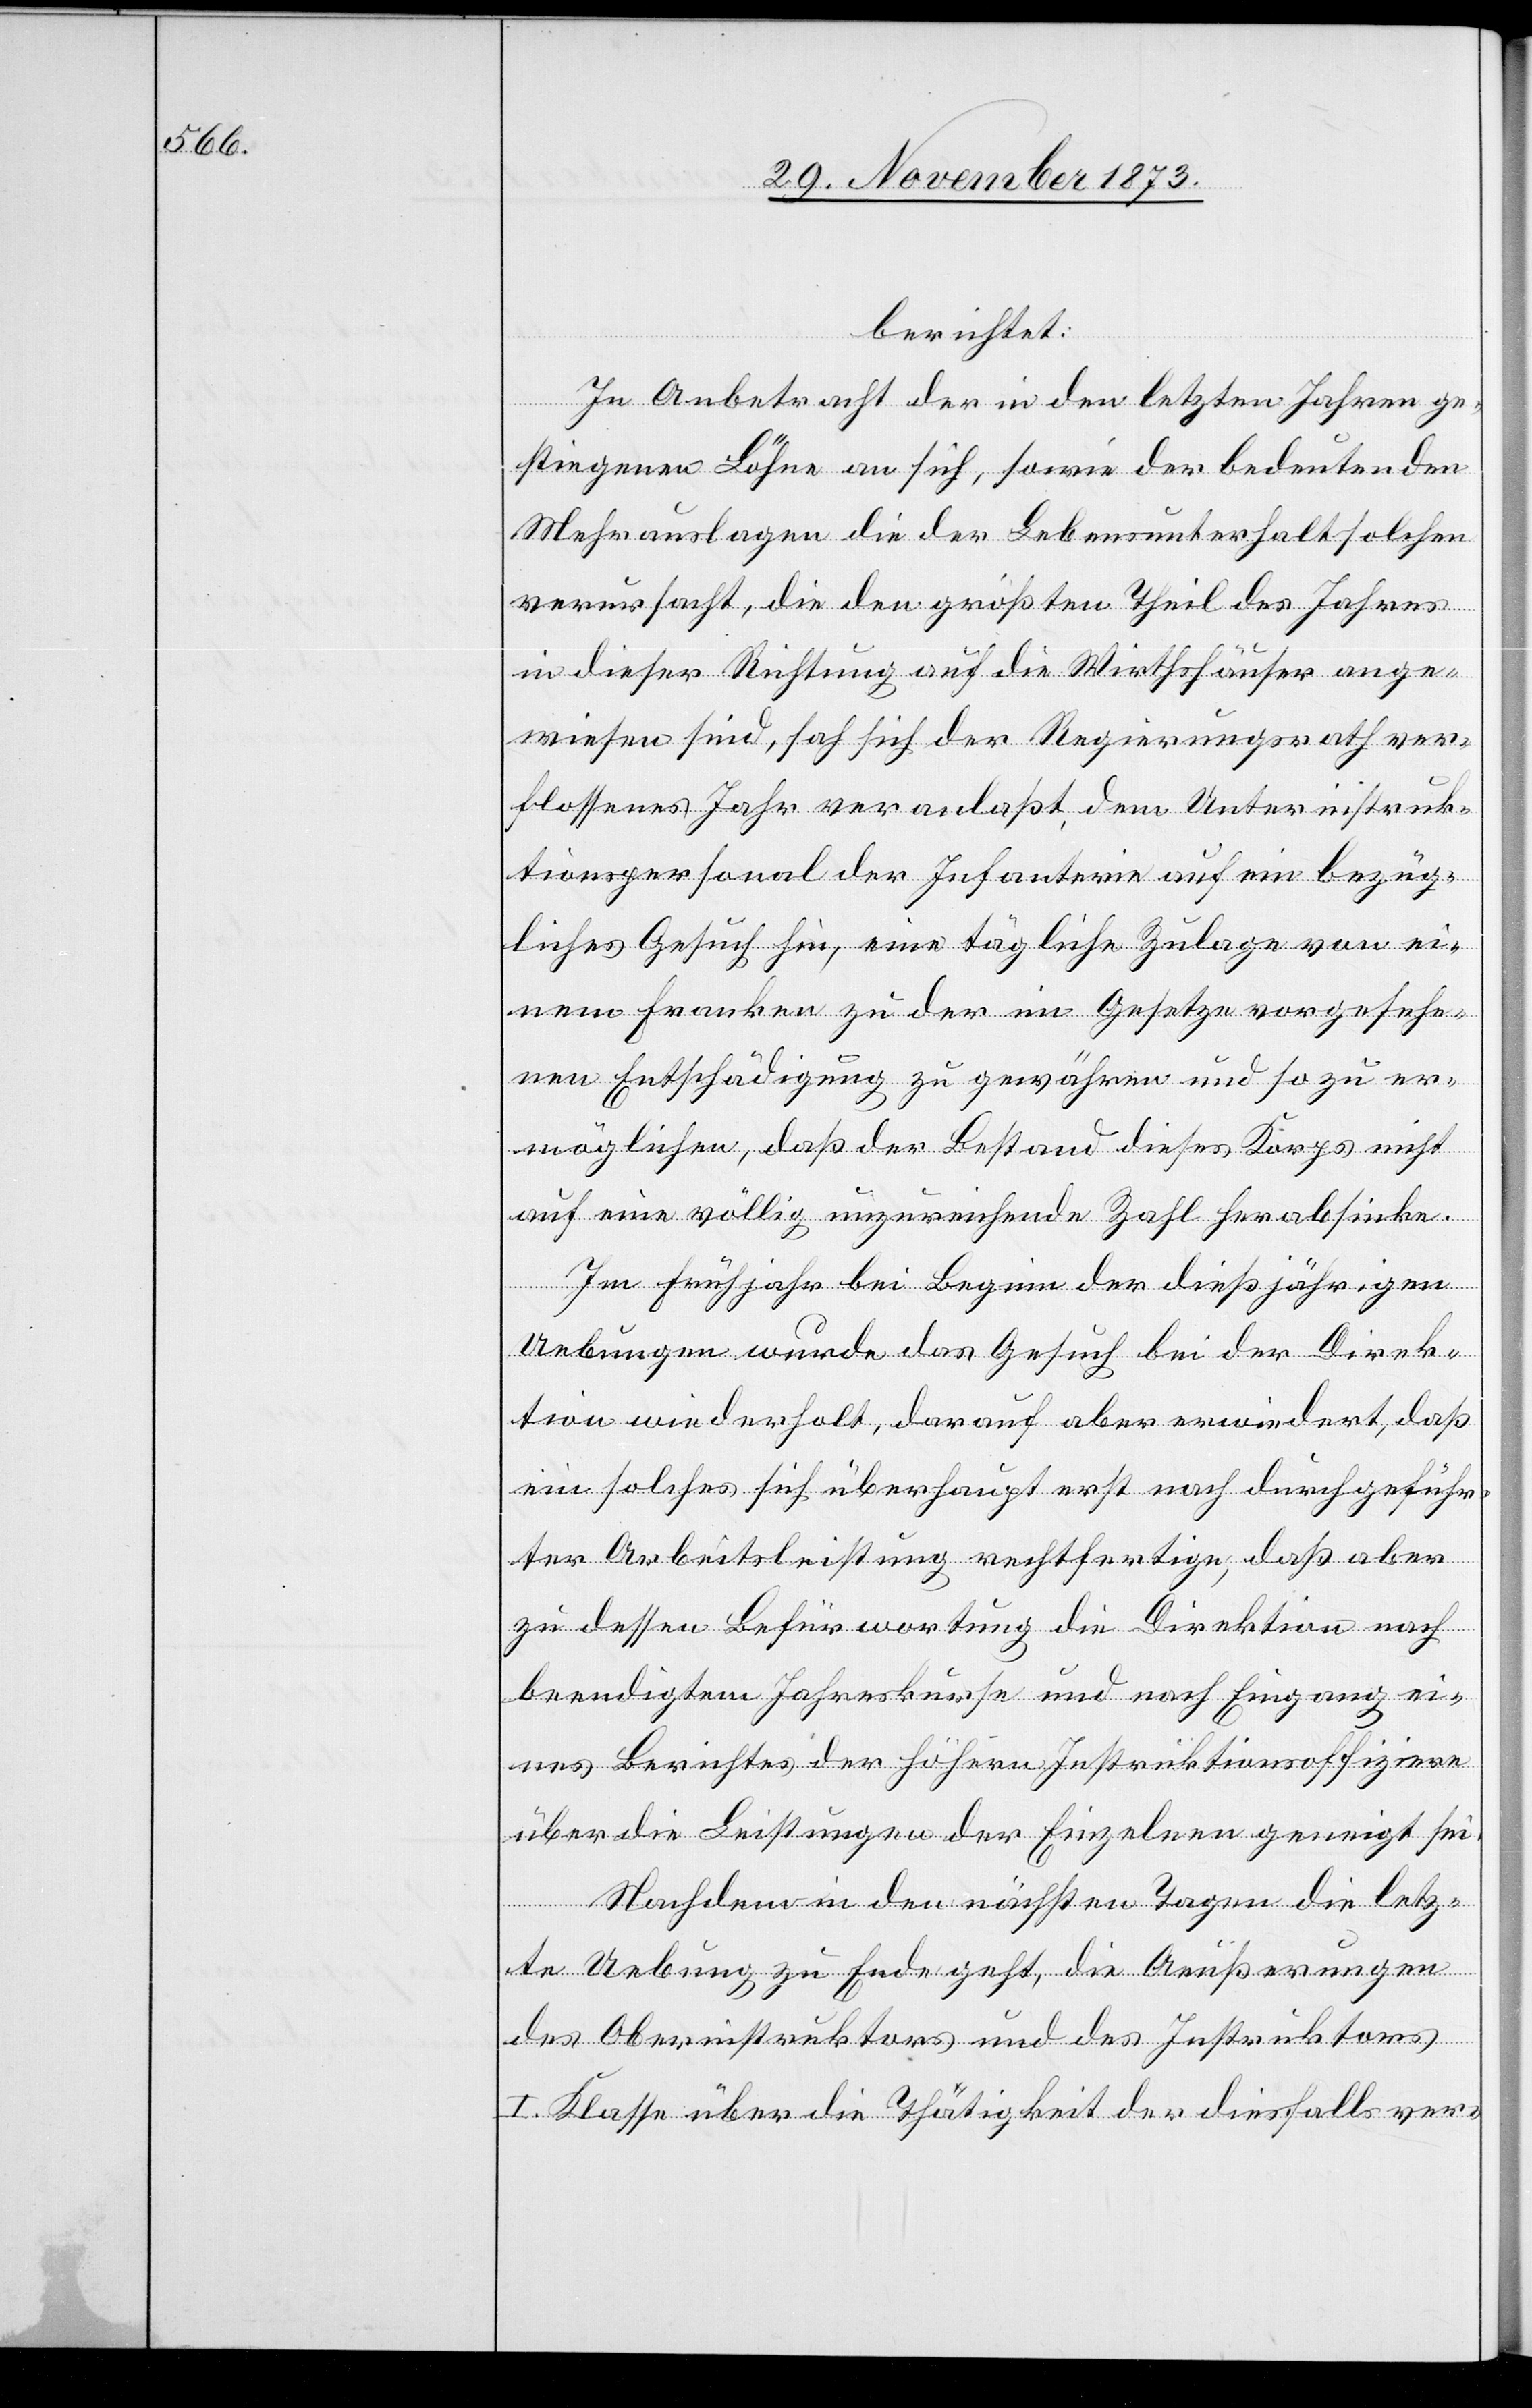
berichtet:
In Anbetracht der in den letzten Jahren ge¬
stiegenen Löhne an sich, sowie der bedeutenden
Mehrauslagen die der Lebensunterhalt solchen
verursacht, die den größten Theil des Jahres
in dieser Richtung auf die Wirthshäuser ange¬
wiesen sind, sah sich der Regierungsrath ver¬
flossenes Jahr veranlaßt, dem Unterinstruk¬
tionspersonal der Infanterie auf ein bezüg¬
liches Gesuch hin, eine tägliche Zulage von ei¬
nem Franken zu der im Gesetze vorgesehe¬
nen Entschädigung zu gewähren und so zu er¬
möglichen, daß der Bestand dieses Korps nicht
auf eine völlig unzureichende Zahl herabsinke.
Im Frühjahr bei Beginn der dießjährigen
Uebungen wurde das Gesuch bei der Direk¬
tion wiederholt, darauf aber erwiedert, daß
ein solches sich überhaupt erst nach durchgeführ¬
ter Arbeitsleistung rechtfertige, daß aber
zu dessen Befürwortung die Direktion nach
beendigtem Jahreskurse und nach Eingang ei¬
nes Berichtes der höhern Instruktionsoffiziere
über die Leistungen der Einzelnen geneigt sei.
Nachdem in den nächsten Tagen die letz¬
te Uebung zu Ende geht, die Aeußerungen
des Oberinstruktors und des Instruktors
I. Klasse über die Thätigkeit der diesfalls ver-